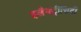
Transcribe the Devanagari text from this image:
इलैक्‍ट्रीसिटी